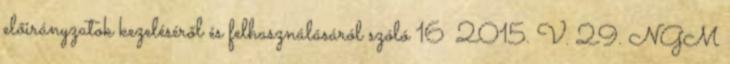
előirányzatok kezeléséről és felhasználásáról szóló 16 2015. V. 29. NGM